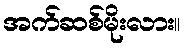
အက်ဆစ်မိုးလား။